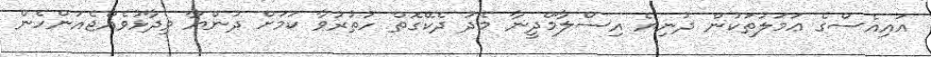
އައިއެސްގެ ޢަމަލުތަކުން ދުނިޔެ އިސްލާމްދީނާ މެދު ދެކޭގޮތް ހުތުރުވާ ކަމަށް ދުންޔާ ވިދާޅުވެއްޖެއަންހެން